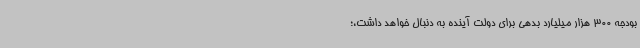
بودجه 300 هزار میلیارد بدهی برای دولت آینده به دنبال خواهد داشت،؛